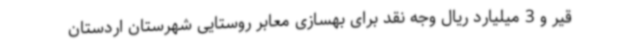
قیر و 3 میلیارد ریال وجه نقد برای بهسازی معابر روستایی شهرستان اردستان